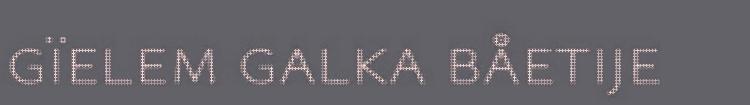
gïelem galka båetije